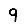
Digit: 9